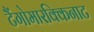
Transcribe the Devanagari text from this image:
टैंगोमारक्किनाट